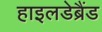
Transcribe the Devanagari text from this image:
हाइलडेब्रैंड